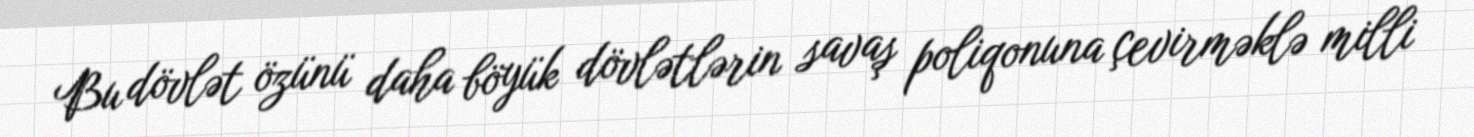
Bu dövlət özünü daha böyük dövlətlərin savaş poliqonuna çevirməklə milli